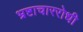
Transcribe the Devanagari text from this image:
भ्रष्टाचाररोधी